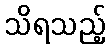
သိရသည့်